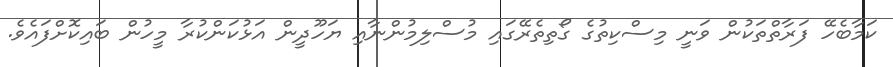
ކަމާބެހޭ ފަރާތްތަކުން ވަނީ މިސްކިތުގެ ގޯތިތެރޭގައި މުސްލިމުންނާއި ޔަހޫދީން އަޅުކަންކުރާ މީހުން ބައިކޮށްފައެވެ.